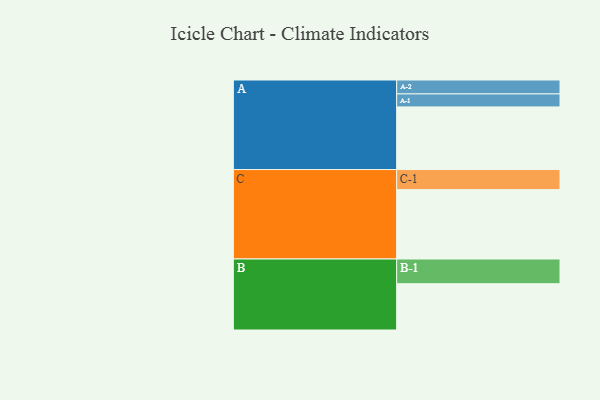
{"axis": {"x": "Segment", "y": "Value"}, "legend": ["", "A", "B", "C"], "data": [{"x": "A", "y": 540, "type": ""}, {"x": "B", "y": 399, "type": ""}, {"x": "C", "y": 598, "type": ""}, {"x": "A-1", "y": 112, "type": "A"}, {"x": "A-2", "y": 120, "type": "A"}, {"x": "B-1", "y": 213, "type": "B"}, {"x": "C-1", "y": 173, "type": "C"}]}